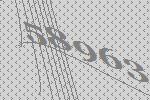
58963